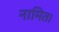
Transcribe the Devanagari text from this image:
नामित।